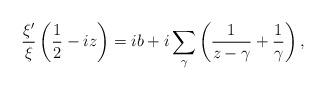
LaTeX: \begin{align*} \frac{\xi'}{\xi}\left(\frac{1}{2}-iz\right)= ib + i\sum_\gamma \left( \frac{1}{z-\gamma} + \frac{1}{\gamma} \right), \end{align*}